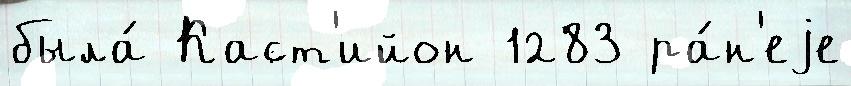
была́ Каст'ийон 1283 ра́н'еjе